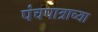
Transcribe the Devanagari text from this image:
पंचपात्राच्या